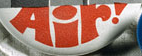
Air!